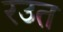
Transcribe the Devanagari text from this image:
रउत